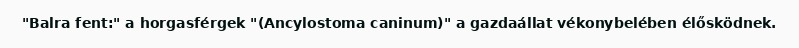
"Balra fent:" a horgasférgek "(Ancylostoma caninum)" a gazdaállat vékonybelében élősködnek.